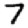
Digit: 7